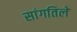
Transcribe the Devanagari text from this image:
सांगतिले